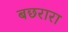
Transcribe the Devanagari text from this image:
बछरारा